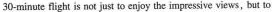
30-minute flight is not just to enjoy the impressive views, but to